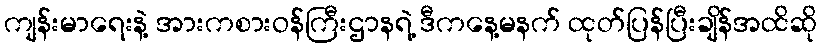
ကျန်းမာရေးနဲ့ အားကစားဝန်ကြီးဌာနရဲ့ ဒီကနေ့မနက် ထုတ်ပြန်ပြီးချိန်အထိဆို